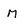
Character: m